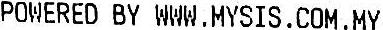
POWERED BY WWW.MYSIS.COM.MY